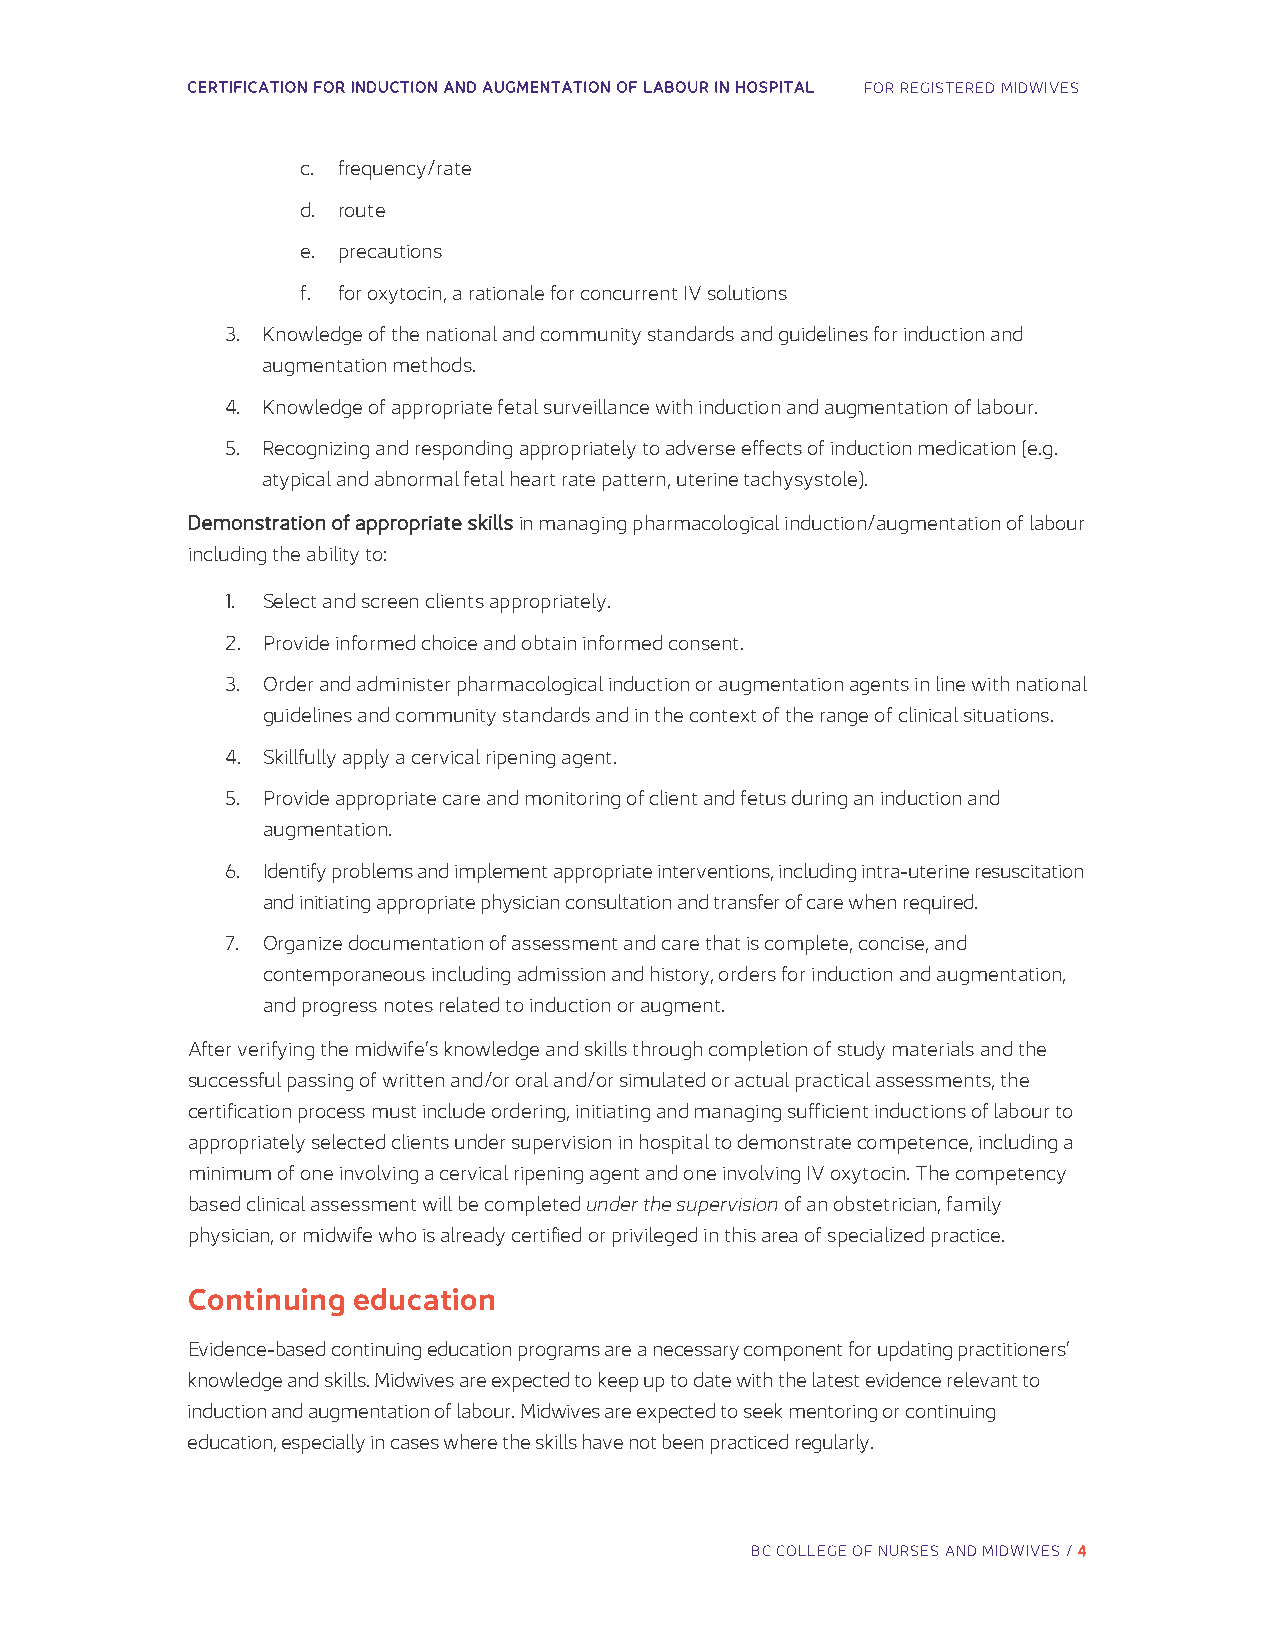
CERTIFICATION FOR INDUCTION AND AUGMENTATION OF LABOUR IN HOSPITAL FOR REGISTERED MIDWIVES
 c. frequency/rate
 d. route
 e. precautions
 f. for oxytocin, a rationale for concurrent IV solutions
 3. Knowledge of the national and community standards and guidelines for induction and
 augmentation methods.
 4. Knowledge of appropriate fetal surveillance with induction and augmentation of labour.
 5. Recognizing and responding appropriately to adverse effects of induction medication (e.g.
 atypical and abnormal fetal heart rate pattern, uterine tachysystole).
 Demonstration of appropriate skills in managing pharmacological induction/augmentation of labour
 including the ability to:
 1. Select and screen clients appropriately.
 2. Provide informed choice and obtain informed consent.
 3. Order and administer pharmacological induction or augmentation agents in line with national
 guidelines and community standards and in the context of the range of clinical situations.
 4. Skillfully apply a cervical ripening agent.
 5. Provide appropriate care and monitoring of client and fetus during an induction and
 augmentation.
 6. Identify problems and implement appropriate interventions, including intra-uterine resuscitation
 and initiating appropriate physician consultation and transfer of care when required.
 7. Organize documentation of assessment and care that is complete, concise, and
 contemporaneous including admission and history, orders for induction and augmentation,
 and progress notes related to induction or augment.
 After verifying the midwife’s knowledge and skills through completion of study materials and the
 successful passing of written and/or oral and/or simulated or actual practical assessments, the
 certification process must include ordering, initiating and managing sufficient inductions of labour to
 appropriately selected clients under supervision in hospital to demonstrate competence, including a
 minimum of one involving a cervical ripening agent and one involving IV oxytocin. The competency
 based clinical assessment will be completed under the supervision of an obstetrician, family
 physician, or midwife who is already certified or privileged in this area of specialized practice.
 Continuing education
 Evidence-based continuing education programs are a necessary component for updating practitioners’
 knowledge and skills. Midwives are expected to keep up to date with the latest evidence relevant to
 induction and augmentation of labour. Midwives are expected to seek mentoring or continuing
 education, especially in cases where the skills have not been practiced regularly.
 BC COLLEGE OF NURSES AND MIDWIVES / 4